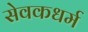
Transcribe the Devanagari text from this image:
सेवकधर्म